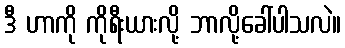
ဒီ ဟာကို ကိုရီးယားလို့ ဘာလို့ခေါ်ပါသလဲ။